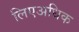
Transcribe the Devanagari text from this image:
लिएअधिक